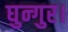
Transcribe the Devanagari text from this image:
घुन्गुर।